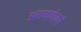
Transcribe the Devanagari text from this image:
अंतक्षेपणे